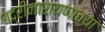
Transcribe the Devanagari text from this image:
बद्रीनारायणाच्या